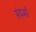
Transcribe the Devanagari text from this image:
संयमों